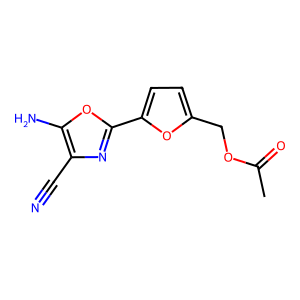
SMILES: CC(=O)OCc1ccc(-c2nc(C#N)c(N)o2)o1
Inhibits HIV replication: No